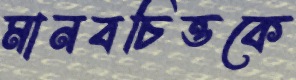
মানবচিত্তকে